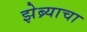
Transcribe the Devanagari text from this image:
झेब्र्याचा